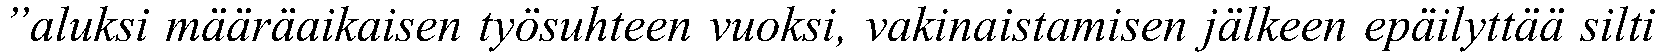
”aluksi määräaikaisen työsuhteen vuoksi, vakinaistamisen jälkeen epäilyttää silti